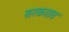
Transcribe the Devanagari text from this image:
सरकतात